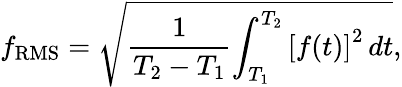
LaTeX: f_{\mathrm{RMS}}={\sqrt{{\frac{1}{T_{2}-T_{1}}}{\int_{T_{1}}^{T_{2}}{[f(t)]}^{2}\, dt}}},